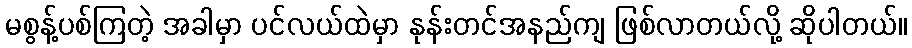
မစွန့်ပစ်ကြတဲ့ အခါမှာ ပင်လယ်ထဲမှာ နုန်းတင်အနည်ကျ ဖြစ်လာတယ်လို့ ဆိုပါတယ်။